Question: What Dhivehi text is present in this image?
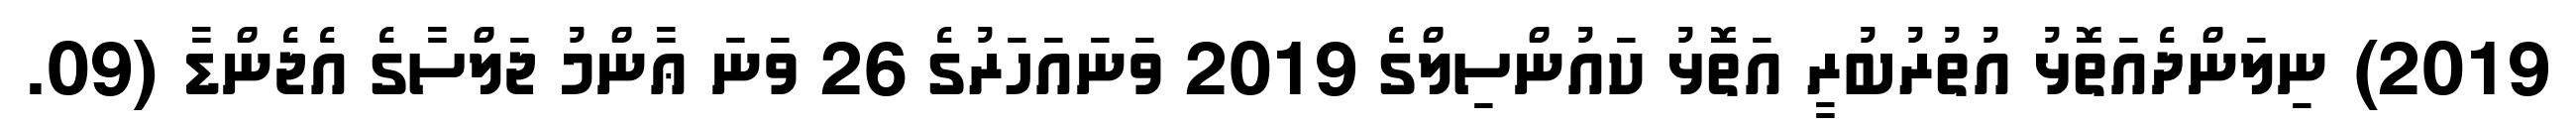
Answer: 2019) ނިލަންދެއަތޮޅު އުތުރުބުރީ އަތޮޅު ކައުންސިލްގެ 2019 ވަނައަހަރުގެ 26 ވަނަ ޢާންމު ޖަލްސާގެ އެޖެންޑާ (09.